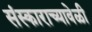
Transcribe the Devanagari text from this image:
संस्काराच्यावेळी